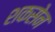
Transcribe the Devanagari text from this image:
शकसेन